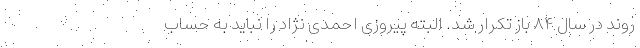
روند در سال ۸۴ باز تکرار شد. البته پیروزی احمدی نژاد را نباید به حساب